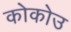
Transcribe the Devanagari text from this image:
कोकोउ